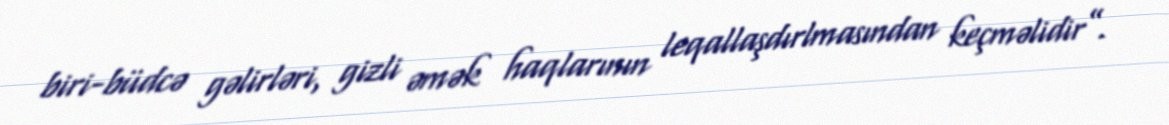
biri-büdcə gəlirləri, gizli əmək haqlarının leqallaşdırlmasından keçməlidir”.